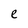
Character: r